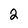
Character: 2